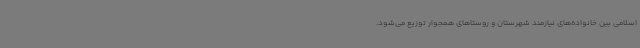
اسلامی بین خانواده‌های نیازمند شهرستان و روستاهای همجوار توزیع می‌شود.